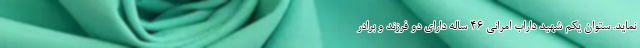
نماید. ستوان یکم شهید داراب امرانی ۴۶ ساله دارای دو فرزند و برادر